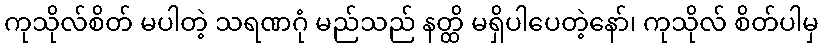
ကုသိုလ်စိတ် မပါတဲ့ သရဏဂုံ မည်သည် နတ္ထိ မရှိပါပေတဲ့နော်၊ ကုသိုလ် စိတ်ပါမှ